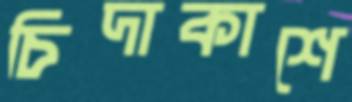
চিদাকাশে